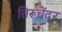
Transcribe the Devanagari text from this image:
तिरूचेंदूर